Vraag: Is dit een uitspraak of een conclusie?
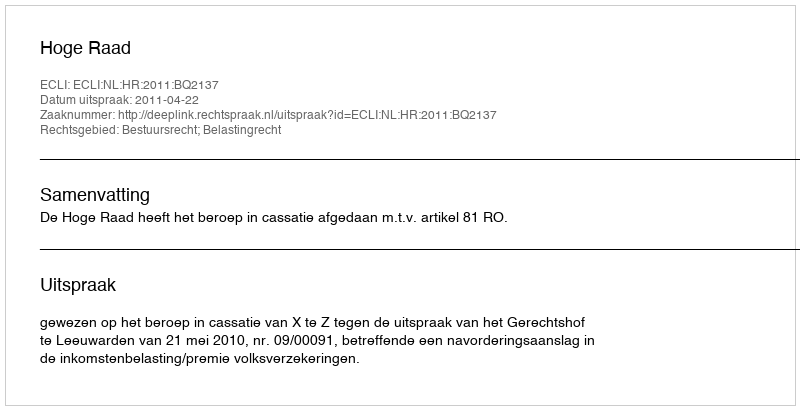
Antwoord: Uitspraak